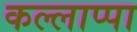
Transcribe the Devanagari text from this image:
कल्लाप्पा